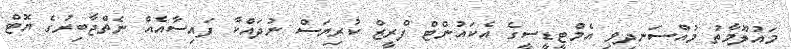
މައުލޫމާތު މުއްސަނދިވި އެމްޓީޑީސީގެ އެކައުންޓް ފްރީޒް ކުރިޔަސް ނުދައްކާ ފައިސާއެއް ނެތްޖާބިރުގެ ޔޮޓް